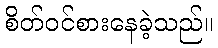
စိတ်ဝင်စားနေခဲ့သည်။